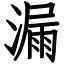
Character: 漏